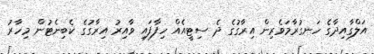
އަލްގާއިދާގެ ހަނގުރާމަވެރިން އިރާގުގެ ދެ ސިޓީއެއް ހިފާފައި ވާއިރު އިރާގުގެ ކެބިނެޓުން މިހާރު